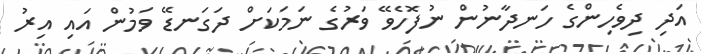
އަދި ދިވެހިންގެ ހަނދާނުން ނުފޮހެވޭ ވަރުގެ ނަމަކަށް ދަގަނޑޭ ވަމުން އައި އިރު